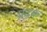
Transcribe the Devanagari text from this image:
प्रदक